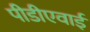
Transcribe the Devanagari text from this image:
पीडीएवाई